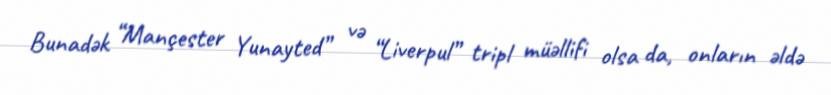
Bunadək “Mançester Yunayted” və “Liverpul” tripl müəllifi olsa da, onların əldə